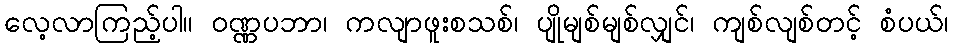
လေ့လာကြည့်ပါ။ ဝဏ္ဏပဘာ၊ ကလျာဖူးစသစ်၊ ပျိုမျစ်မျစ်လျှင်၊ ကျစ်လျစ်တင့် စံပယ်၊